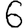
Digit: 6